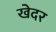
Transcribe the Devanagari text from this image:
खेदर